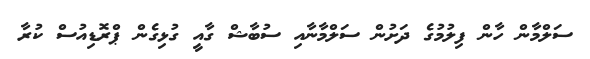
ސަލްމާން ހާން ފިލުމުގެ ދަށުން ސަލްމާނާއި ސުބާޝް ގާއީ ގުޅިގެން ޕްރޮޑިއުސް ކުރާ